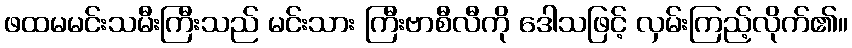
ဖထမမင်းသမီးကြီးသည် မင်းသား ကြီးဗာစီလီကို ဒေါသဖြင့် လှမ်းကြည့်လိုက်၏။